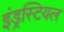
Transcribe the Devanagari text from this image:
इंड्रस्टियल